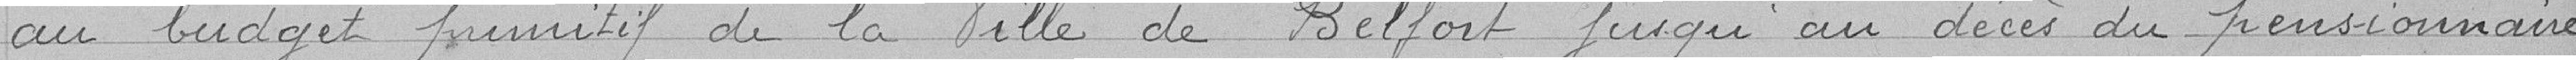
au budget primitif de la Ville de Belfort jusqu'au décès du pensionnaire.